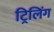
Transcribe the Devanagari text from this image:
ट्रिलिंग